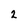
Character: 2